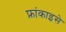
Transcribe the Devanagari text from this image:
फ्रांकाइसे